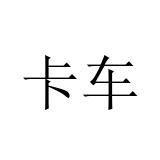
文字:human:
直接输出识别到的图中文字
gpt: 卡车